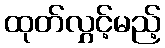
ထုတ်လွှင့်မည့်